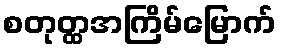
စတုတ္ထအကြိမ်မြောက်